On the morphology, teratology, and diclinism of the flowers of cannabis - Number 12
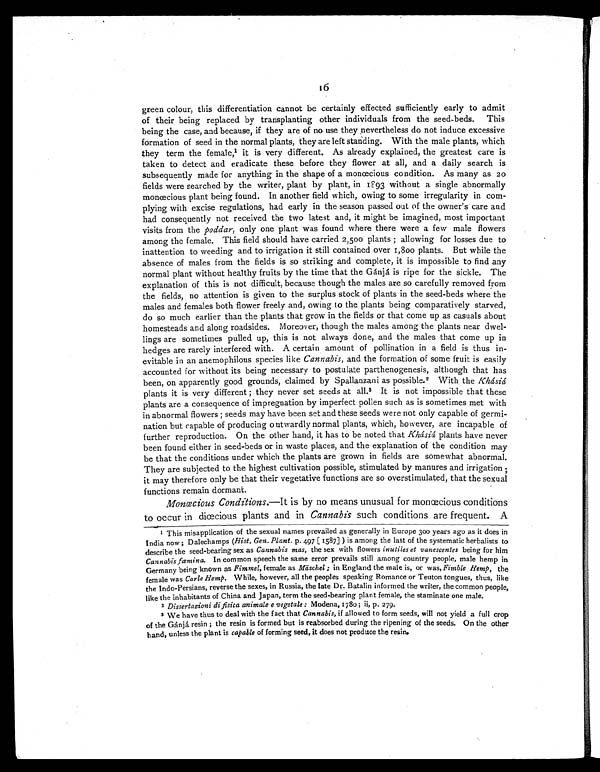
16
green colour, this differentiation cannot be certainly effected sufficiently early to admit
of their being replaced by transplanting other individuals from the seed-beds. This
being the case, and because, if they are of no use they nevertheless do not induce excessive
formation of seed in the normal plants, they are left standing. With the male plants, which
they term the female,1it is very different. As already explained, the greatest care is
taken to detect and eradicate these before they flower at all, and a daily search is
subsequently made for anything in the shape of a monœcious condition. As many as 20
fields were searched by the writer, plant by plant, in 1893 without a single abnormally
monœcious plant being found. In another field which, owing to some irregularity in com-
plying with excise regulations, had early in the season passed out of the owner's care and
had consequently not received the two latest and, it might be imagined, most important
visits from the poddar, only one plant was found where there were a few male flowers
among the female. This field should have carried 2,500 plants ; allowing for losses due to
inattention to weeding and to irrigation it still contained over 1,800 plants. But while the
absence of males from the fields is so striking and complete, it is impossible to find any
normal plant without healthy fruits by the time that the Gánjá is ripe for the sickle. The
explanation of this is not difficult, because though the males are so carefully removed from
the fields, no attention is given to the surplus stock of plants in the seed-beds where the
males and females both flower freely and, owing to the plants being comparatively starved,
do so much earlier than the plants that grow in the fields or that come up as casuals about
homesteads and along roadsides. Moreover, though the males among the plants near dwel-
lings are sometimes pulled up, this is not always done, and the males that come up in
hedges are rarely interfered with. A certain amount of pollination in a field is thus in-
evitable in an anemophilous species like Cannabis, and the formation of some fruit is easily
accounted for without its being necessary to postulate parthenogenesis, although that has
been, on apparently good grounds, claimed by Spallanzani as possible. 2 With the Khásiá
plants it is very different ; they never set seeds at all. 3 It is not impossible that these
plants are a consequence of impregnation by imperfect pollen such as is sometimes met with
in abnormal flowers ; seeds may have been set and these seeds were not only capable of germi-
nation but capable of producing outwardly normal plants, which, however, are incapable of
further reproduction. On the other hand, it has to be noted that Khásiá plants have never
been found either in seed-beds or in waste places, and the explanation of the condition may
be that the conditions under which the plants are grown in fields are somewhat abnormal.
They are subjected to the highest cultivation possible, stimulated by manures and irrigation;
it may therefore only be that their vegetative functions are so overstimulated, that the sexual
functions remain dormant.
Monœcious Conditions. —It is by no means unusual for monœcious conditions
to occur in diœcious plants and in Cannabis such conditions are frequent. A
1 This misapplication of the sexual names prevailed as generally in Europe 300 years ago as it does in
India now ; Dalechamps ( Hist. Gen. Plant. p. 497 [ 1587] ) is among the last of the systematic herbalists to
describe the seed-bearing sex as Cannabis mas, the sex with flowers inutiles et vanescentes being for him
Cannabis fæmina. In common speech the same error prevails still among country people, male hemp in
Germany being known as Fimmel, female as Mäschel ; in England the male is, or was, Fimble Hemp, the
female was Carle Hemp. While, however, all the peoples speaking Romance or Teuton tongues, thus, like
the Indo-Persians, reverse the sexes, in Russia, the late Dr. Batalin informed the writer, the common people,
like the inhabitants of China and Japan, term the seed-bearing plant female, the staminate one male.
2 Dissertazioni di fisica animale e vegetale: Modena, 1780; ii, p. 279.
3 We have thus to deal with the fact that Cannabis, if allowed to form seeds, will not yield a full crop
of the Gánjá resin ; the resin is formed but is reabsorbed during the ripening of the seeds, On the other
hand, unless the plant is capable of forming seed, it does not produce the resin.